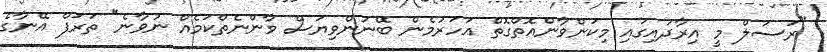
"ރަސަލް މީ އިރާދައިގައި މިކަންވާންއޮތްގޮތް އަހަރުމެން ބޭނުންވިޔަސް ވާންނެތްކަމެއް ނުވާނެ" ތަރަފް އޭނާގެ